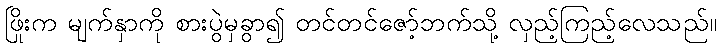
ဖြိုးက မျက်နှာကို စားပွဲမှခွာ၍ တင်တင်ဇော့်ဘက်သို့ လှည့်ကြည့်လေသည်။